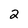
Character: 2